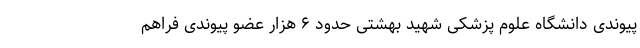
پیوندی دانشگاه علوم پزشکی شهید بهشتی حدود ۶ هزار عضو پیوندی فراهم